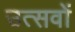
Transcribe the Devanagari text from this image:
उत्सवों